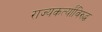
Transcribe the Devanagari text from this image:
राज्यकर्त्यांविरुद्ध